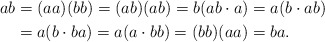
\begin{align*}ab & =(aa)(bb)=(ab)(ab)=b(ab\cdot a)=a(b\cdot ab)\\ & =a(b\cdot ba)=a(a\cdot bb)=(bb)(aa)=ba.\end{align*}